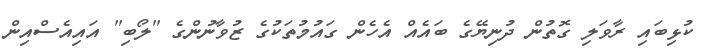
ކުޅިބައި ރާވަލި ގޮތުން ދުނިޔޭގެ ބައެއް އެހެން ގައުމުތަކުގެ ޒުވާނުންގެ "ލޯބި" އައިއެސްއިން